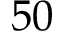
5 0